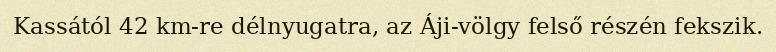
Kassától 42 km-re délnyugatra, az Áji-völgy felső részén fekszik.